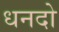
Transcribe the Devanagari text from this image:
धनदो